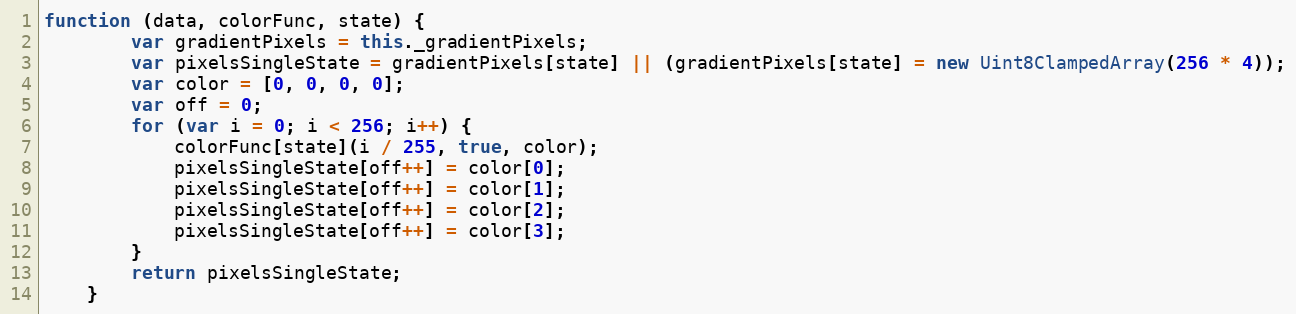
Language: JavaScript
function (data, colorFunc, state) {
        var gradientPixels = this._gradientPixels;
        var pixelsSingleState = gradientPixels[state] || (gradientPixels[state] = new Uint8ClampedArray(256 * 4));
        var color = [0, 0, 0, 0];
        var off = 0;
        for (var i = 0; i < 256; i++) {
            colorFunc[state](i / 255, true, color);
            pixelsSingleState[off++] = color[0];
            pixelsSingleState[off++] = color[1];
            pixelsSingleState[off++] = color[2];
            pixelsSingleState[off++] = color[3];
        }
        return pixelsSingleState;
    }